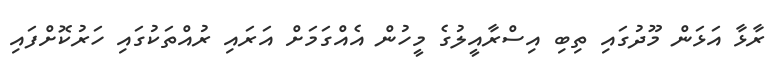
ރާޅާ އަޅަން މޫދުގައި ތިބި އިސްރާއީލުގެ މީހުން އެއްގަމަށް އަރައި ރުއްތަކުގައި ހަރުކޮށްފައި